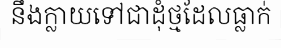
នឹងក្លាយទៅជាដុំថ្មដែលធ្លាក់